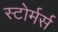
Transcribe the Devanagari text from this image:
स्टोर्मर्स